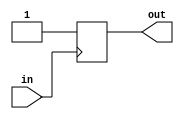
`timescale 1ns / 1ps
//////////////////////////////////////////////////////////////////////////////////
// Company: 
// Engineer: 
// 
// Design Name: 
// Module Name: stabilizer
// Project Name: 
// Target Devices: 
// Tool Versions: 
// Description: 
// 
// Dependencies: 
// 
// Revision:
// Revision 0.01 - File Created
// Additional Comments:
// 
//////////////////////////////////////////////////////////////////////////////////


module stabilizer(input  in, output reg out);

always@(posedge in) begin
out=1;
end
endmodule